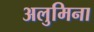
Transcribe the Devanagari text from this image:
अलुमिना